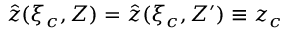
\hat { z } ( \xi _ { c } , Z ) = \hat { z } ( \xi _ { c } , Z ^ { \prime } ) \equiv z _ { c }